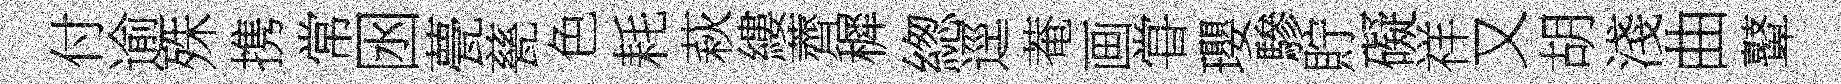
付逾殊携常囦甍甆色耗萩縷薺穉緫逕菴画甞瓔驂貯礙祥又胡淺曲鼙